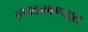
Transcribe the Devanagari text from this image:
ठणकावण्यात